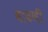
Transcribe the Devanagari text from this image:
वाढणी